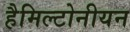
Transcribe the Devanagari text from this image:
हैमिल्टोनीयन